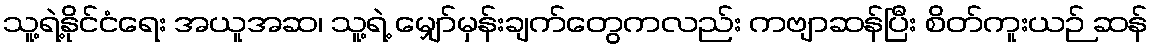
သူ့ရဲ့နိုင်ငံရေး အယူအဆ၊ သူ့ရဲ့ မျှော်မှန်းချက်တွေကလည်း ကဗျာဆန်ပြီး စိတ်ကူးယဉ် ဆန်